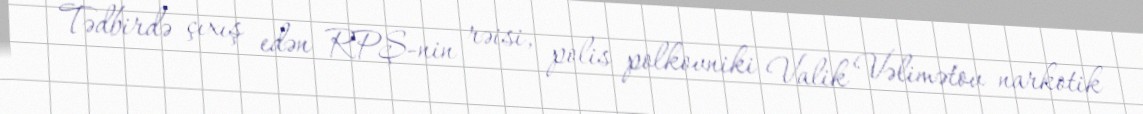
Tədbirdə çıxış edən RPŞ-nin rəisi, polis polkovniki Valik Vəlimətov narkotik